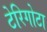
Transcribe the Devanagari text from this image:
टेरिगोटा